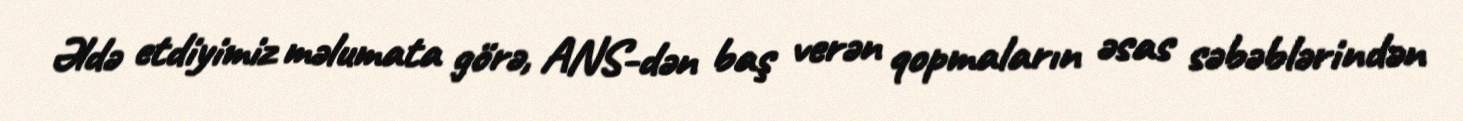
Əldə etdiyimiz məlumata görə, ANS-dən baş verən qopmaların əsas səbəblərindən